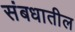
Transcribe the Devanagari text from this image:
संबधातील